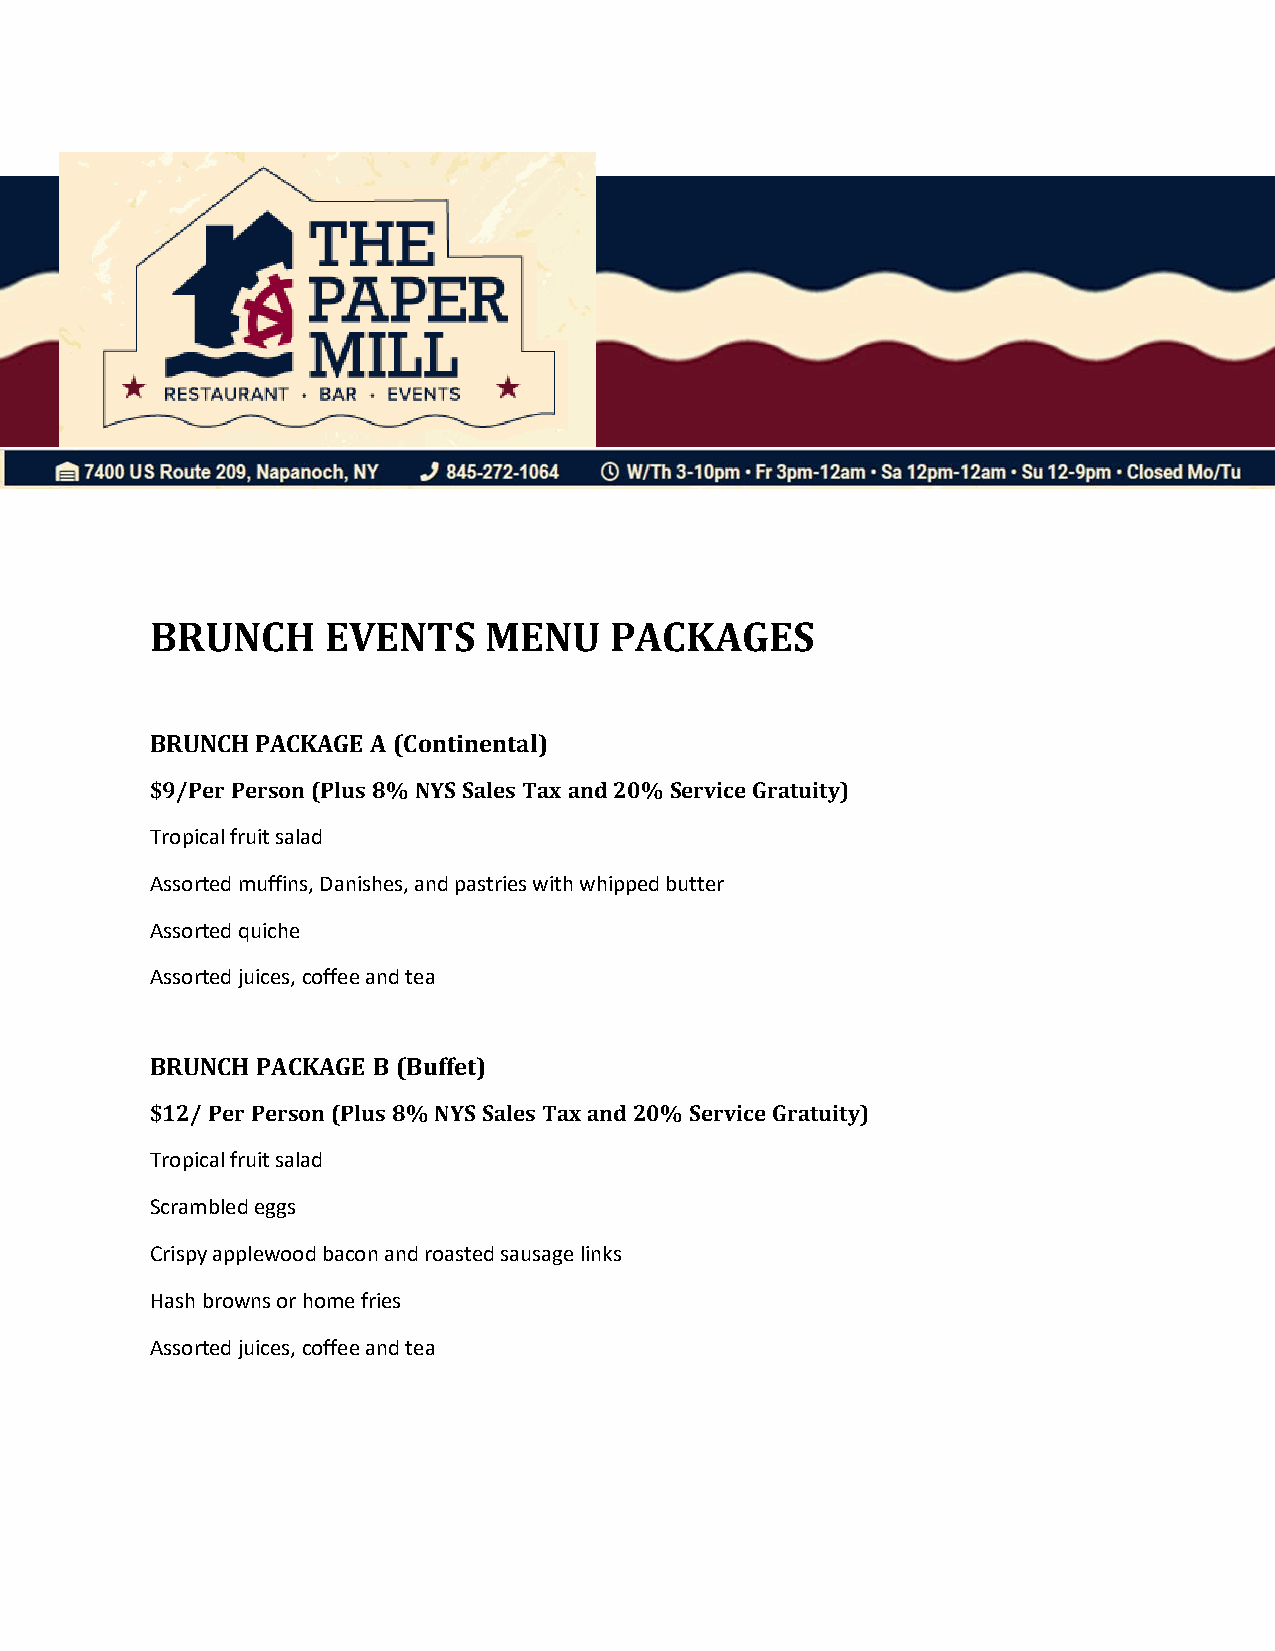
BRUNCH     EVENTS     MENU    PACKAGES
 BRUNCH PACKAGE A (Continental)
 $9/Per Person (Plus 8% NYS Sales Tax and 20% Service Gratuity)
 Tropical fruit salad
 Assorted muffins, Danishes, and pastries with whipped butter
 Assorted quiche
 Assorted juices, coffee and tea
 BRUNCH PACKAGE B (Buffet)
 $12/ Per Person (Plus 8% NYS Sales Tax and 20% Service Gratuity)
 Tropical fruit salad
 Scrambled eggs
 Crispy applewood bacon and roasted sausage links
 Hash browns or home fries
 Assorted juices, coffee and tea